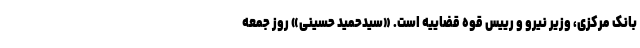
بانک مرکزی، وزیر نیرو و رییس قوه قضاییه است. «سیدحمید حسینی» روز جمعه